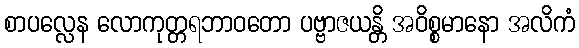
စာပလ္လေန လောကုတ္တရဘာဝတော ပဗ္ဗာဇယန္တိ အဝိစ္စမာနော အလိကံ